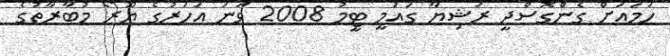
ހަމައަށް ގެންގޮސްދީ ރަޝިޔާ ގައުމީ ޓީމު 2008 ވަނަ އަހަރުގެ ޔޫރޯ މުބާރާތުގެ